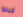
كيلوا